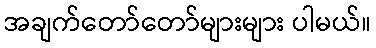
အချက်တော်တော်များများ ပါမယ်။